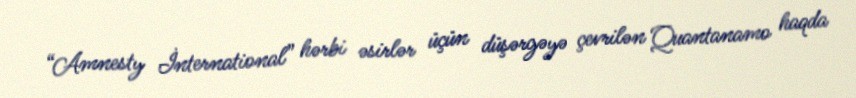
“Amnesty İnternational” hərbi əsirlər üçün düşərgəyə çevrilən Quantanamo haqda